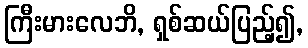
ကြီးမားလေဘိ, ရှစ်ဆယ်ပြည့်၍,